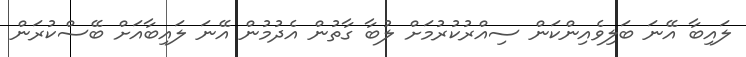
ލައިބާ އޭނަ ބަލިވެއިންކަން ސިއްރުކުރުމަށް ލުބާ ގާތުން އެދުމުން އޭނަ ލައިބާއަށް ބޭސްކުރަން